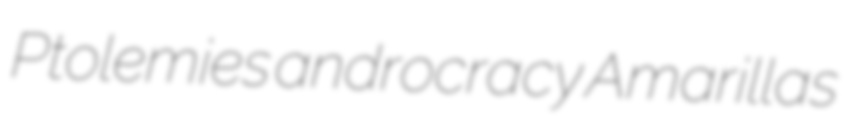
Ptolemies androcracy Amarillas